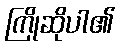
ကြိုဆိုပါ၏